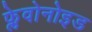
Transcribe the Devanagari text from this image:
फ्लेवोनोइड